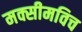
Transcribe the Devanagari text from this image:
मक्सीमविच